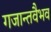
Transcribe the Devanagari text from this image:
गजान्तवैभव